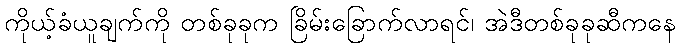
ကိုယ့်ခံယူချက်ကို တစ်ခုခုက ခြိမ်းခြောက်လာရင်၊ အဲဒီတစ်ခုခုဆီကနေ